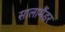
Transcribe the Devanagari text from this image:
सालामैंडर